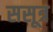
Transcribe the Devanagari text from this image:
ससूत्र